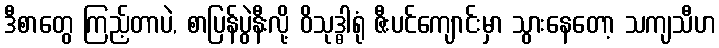
ဒီစာတွေ ကြည့်တာပဲ, စာပြန်ပွဲနီးလို့ ဝိသုဒ္ဓါရုံ ဇီးပင်ကျောင်းမှာ သွားနေတော့ သကျသီဟ